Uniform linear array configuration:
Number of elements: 48
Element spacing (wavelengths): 0.5
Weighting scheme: uniform
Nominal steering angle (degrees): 45
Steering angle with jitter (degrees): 45.91
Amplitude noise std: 0.05
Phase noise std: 0.05

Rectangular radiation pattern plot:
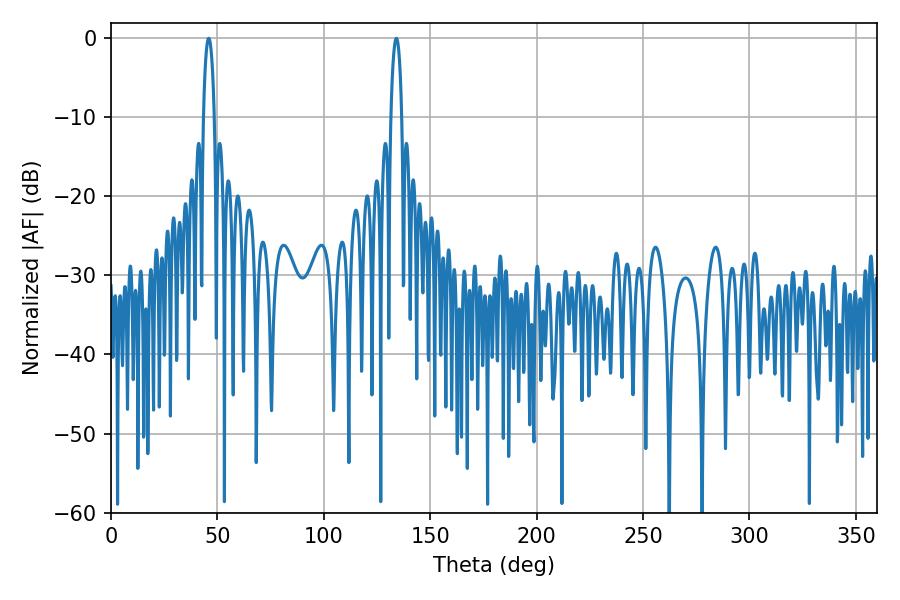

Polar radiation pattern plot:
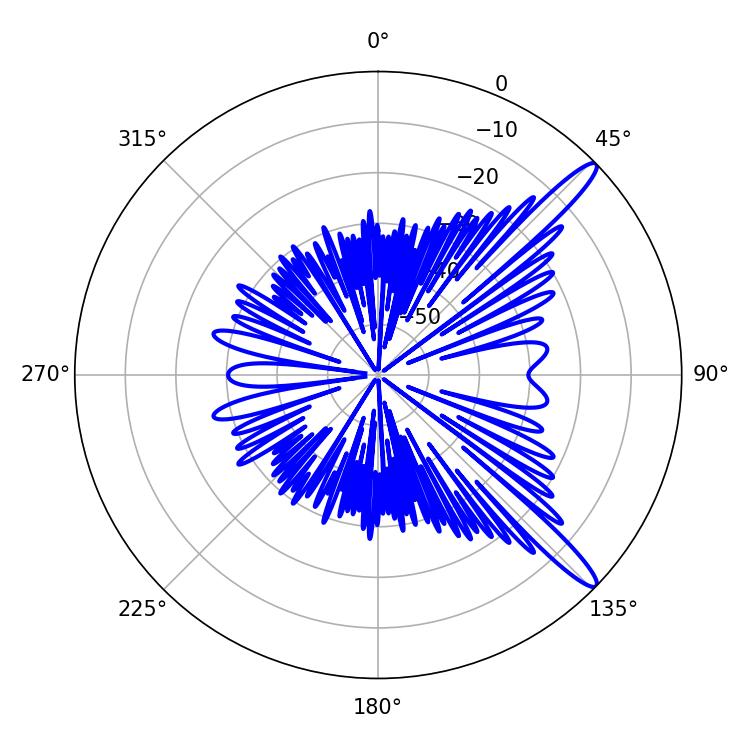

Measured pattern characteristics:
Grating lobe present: FALSE
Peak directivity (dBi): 13.706
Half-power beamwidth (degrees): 2.88
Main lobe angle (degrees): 45.9